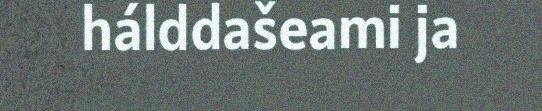
hálddašeami ja